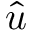
\hat { u }